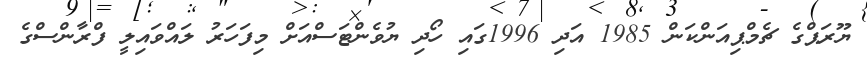
ޔޫރަޕްގެ ޗެމްޕިއަންކަން 1985 އަދި 1996ގައި ހޯދި ޔުވެންޓަސްއަށް މިފަހަރު ލައްވައިލީ ފްރާންސްގެ